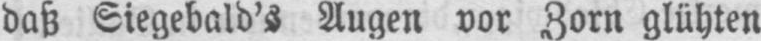
daß Siegebald’s Augen vor Zorn glühten